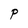
Character: P